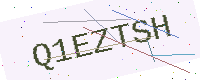
Text: Q1EZTSH